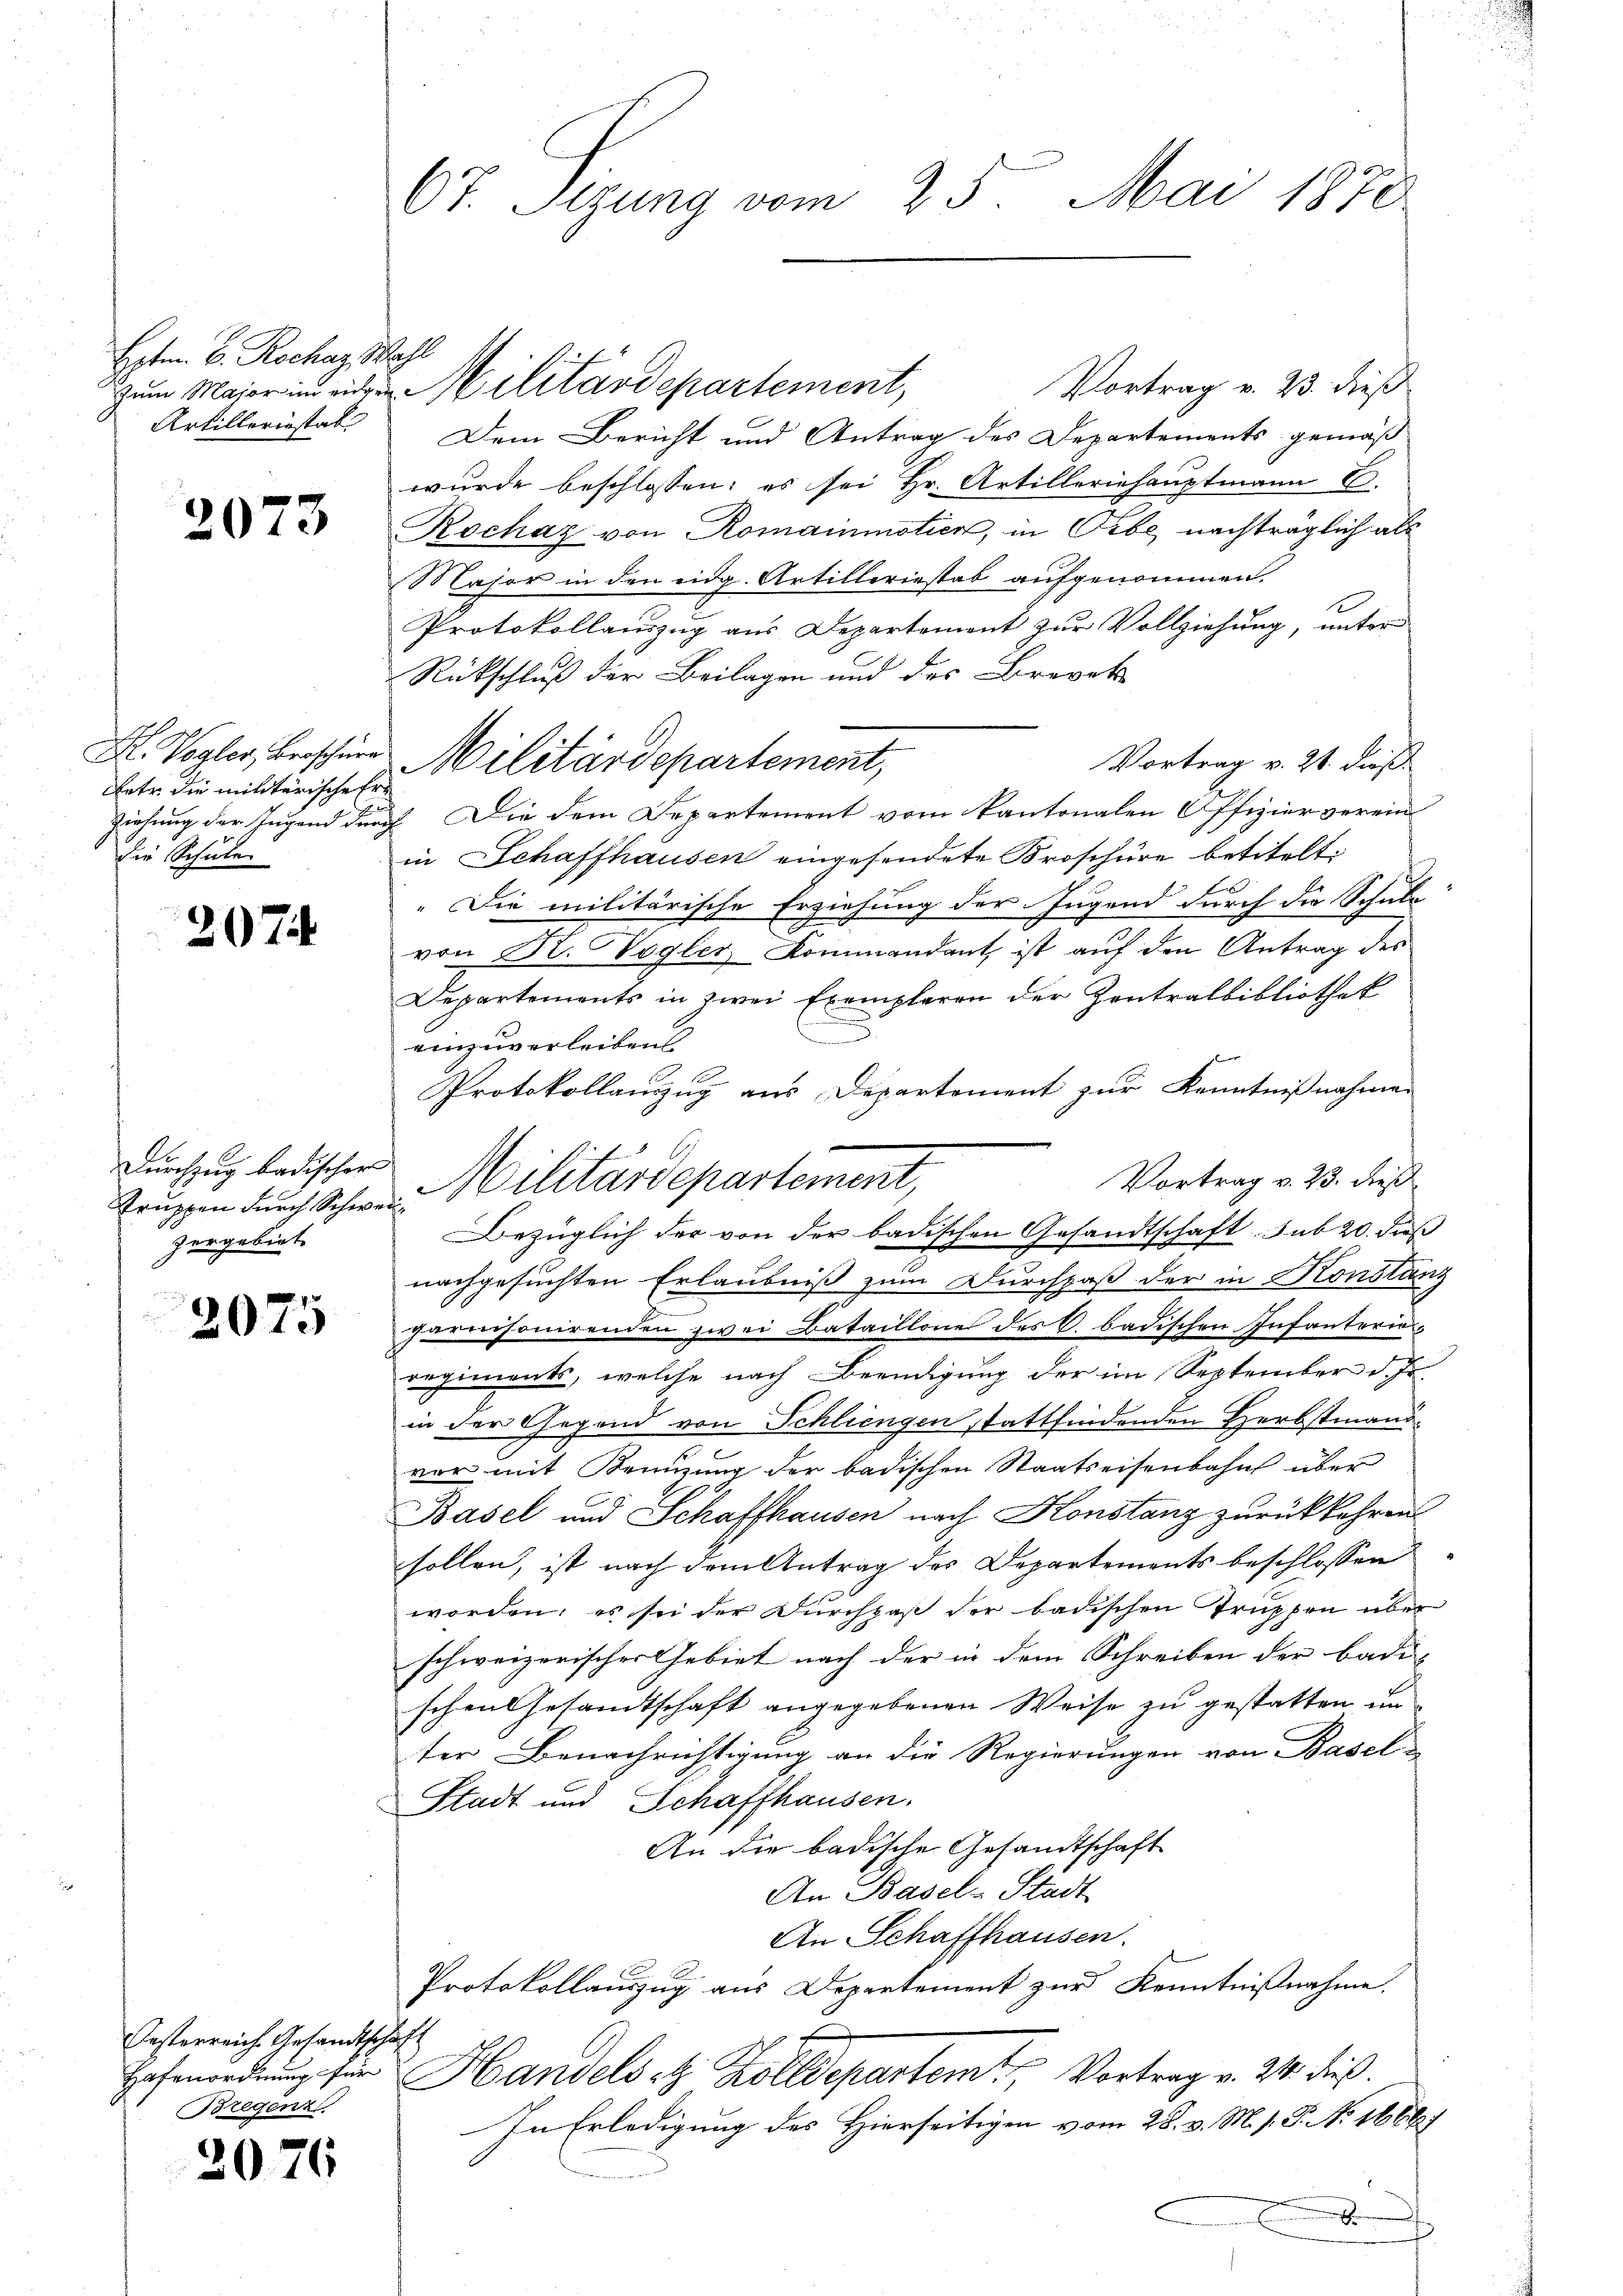
Epten. B. Rochaz, Wahl
Artilleriestat

2073

H. Vogler, Beschüre
Aetr. die militärische Er
Ziehung der Jugend durch
die Schule

207

Durchzug badischer
Truppen durch Schwe
zergebiet

2075

Oesterreich. Gesandtschaft
Hafenordnung für
Bregenz

2076

67. Sizung vom 25. Mai 1850.

Vortrag v. 23. dieß
Dem Bericht und Antrag des Departements gemäß
wurde beschlossen: es sei Hr. Artilleriehauptmann C.
Rochaz von Romainmotier, in Orbe, nachträglich als
Major in den eidg. Artilleriestab aufgenommen.
Protokollauszug aus Departement zur Vollziehung, unter
Rückschluß der Beilagen und des Brevet
Vortrag v. 21. dieß
Die dem Departement vom Kantonalen Offizier verein
in Schaffhausen eingesendete Broschüre betitelt.
„Die militärische Erziehung der Jugend durch die Schule
von K. Vogler Kommandant ist auf den Antrag des
Departements in zwei Exemplaren der Zentralbibliothek
einzuverleiben
Protokollanzug aus Departement zur Kenntnißnahmen
Vortrag v. 23. dieß
nachgesuchten Erlaubniß zum Durchpaß der in Konstanz
parnisonirenden zwei Bataillone des C. badischen Infanterieregiments, welche nach Beendigung der im September d. Js.
in der Gegend von Schliengen stattfindenden Herbstmann.
vor mit Kreuzung der badischen Staatseisenbahn über
n
Basel und Schaffhausen nach Konstanz zurückkehren
sollen, ist nach dem Antrag des Departements beschlossen
worden; es sei der Durchpaβ der badischen Truppen über
schweizerischer Gebiet nach der in dem Schreiben der badi-
schen Gesandtschaft angegebenen Weise zu gestatten un
ter Benachrichtigung an die Regierungen von Basel-
Stadt und Schaffhausen.
An die badische Gesandtschaft
An Basel-Stadt
An Schaffhausen.
Protokollauszug aus Departement zur Kenntnißnahme.
Handels et Zolldepartemt, Vortrag v. 24. dieß.
In Erledigung des Hierseitigen vom 28. v. M. s. P. Nr. 16687
s
C

Zum Maier in eine Militärdepartement,

Militärdepartement,

Militärdepartement,
Bezüglich der von der badischen Gesandtschaft sub 20. Fuß